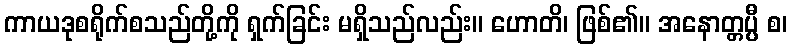
ကာယဒုစရိုက်စသည်တို့ကို ရှက်ခြင်း မရှိသည်လည်း။ ဟောတိ၊ ဖြစ်၏။ အနောတ္တပ္ပီ စ၊